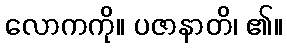
လောကကို။ ပဇာနာတိ၊ ၏။